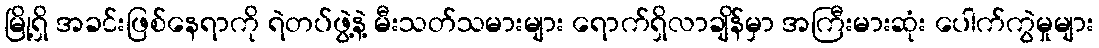
မြို့ရှိ အခင်းဖြစ်နေရာကို ရဲတပ်ဖွဲ့နဲ့ မီးသတ်သမားများ ရောက်ရှိလာချိန်မှာ အကြီးမားဆုံး ပေါက်ကွဲမှုများ